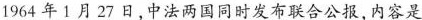
1964年1月27日，中法两国同时发布联合公报，内容是